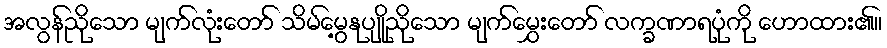
အလွန်ညိုသော မျက်လုံးတော် သိမ်မွေ့နုပျိုညိုသော မျက်မွှေးတော် လက္ခဏာရပုံကို ဟောထား၏။